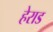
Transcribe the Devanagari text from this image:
हेराड